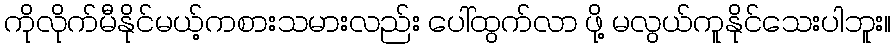
ကိုလိုက်မီနိုင်မယ့်ကစားသမားလည်း ပေါ်ထွက်လာ ဖို့ မလွယ်ကူနိုင်သေးပါဘူး။